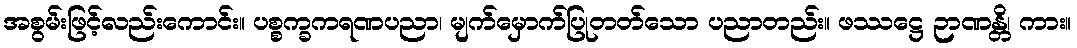
အစွမ်းဖြင့်လည်းကောင်း။ ပစ္စက္ခကရဏပညာ၊ မျက်မှောက်ပြုတတ်သော ပညာတည်း။ ဖဿဋ္ဌေ ဉာဏန္တိ၊ ကား။